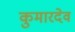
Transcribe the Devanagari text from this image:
कुमारदेव